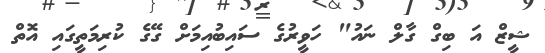
ޝީޒް އަ ބިގް ގާލް ނައު" ހަވީރުގެ ސައިބުއިމަށް ގޭގެ ކުރިމަތީގައި އޮތް